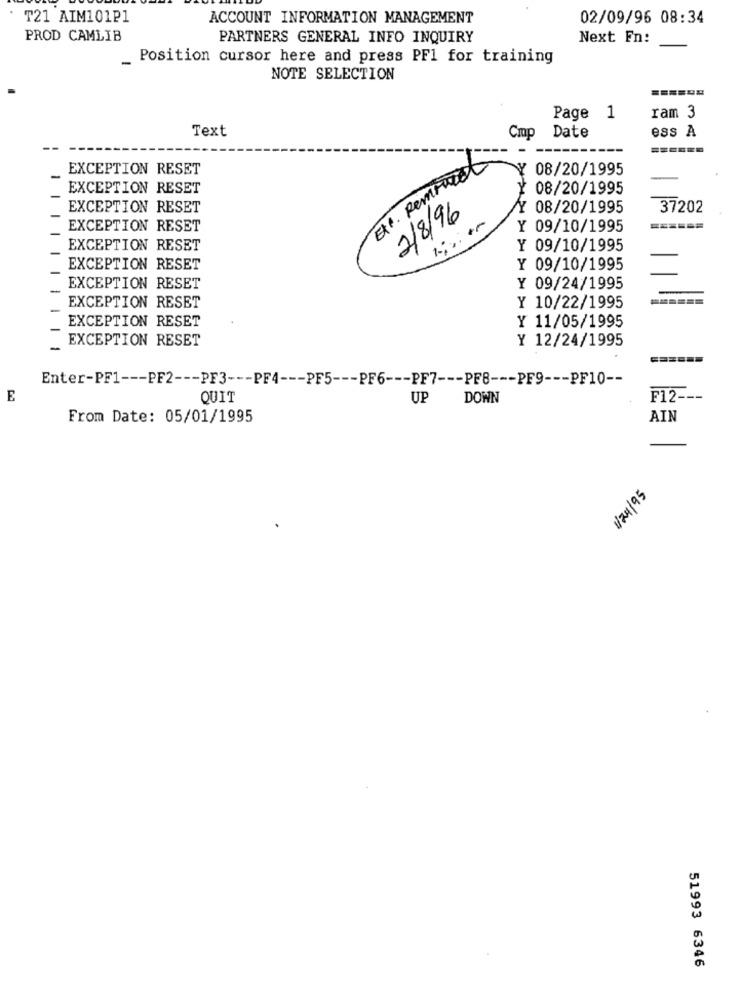
T21 AIM101P1
ACCOUNT INFORMATION MANAGEMENT
02/09/96 08:34
PROD CAMLIB
PARTNERS GENERAL INFO INQUIRY
Next Fn:
Position cursor here and press PF1 for training
NOTE SELECTION
Page 1
ram 3
Text
Date
ess A
Cmp
EXCEPTION RESET
EXP. Remiwat
08/20/1995
EXCEPTION RESET
08/20/1995
EXCEPTION RESET
2/8/96
Y 08/20/1995
37202
EXCEPTION RESET
Y 09/10/1995
EXCEPTION RESET
Y 09/10/1995
EXCEPTION RESET
Y 09/10/1995
EXCEPTION RESET
Y 09/24/1995
EXCEPTION RESET
Y 10/22/1995
EXCEPTION RESET
Y 11/05/1995
EXCEPTION RESET
Y 12/24/1995
Enter-PF1 --- PF2 --- PF3 --- PF4 --- PF5 --- PF6 --- PF7 --- PF8 --- PF9 --- PF10 --
E
QUIT
UP
DOWN
F12 ---
From Date: 05/01/1995
AIN
1/24/95
51993 6346